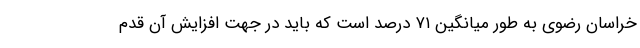
خراسان رضوی به طور میانگین ۷۱ درصد است که باید در جهت افزایش آن قدم